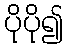
ပိုပို၍